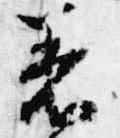
着